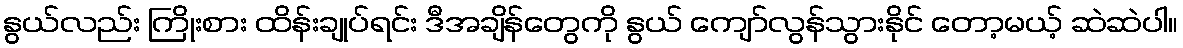
နွယ်လည်း ကြိုးစား ထိန်းချုပ်ရင်း ဒီအချိန်တွေကို နွယ် ကျော်လွန်သွားနိုင် တော့မယ့် ဆဲဆဲပါ။